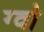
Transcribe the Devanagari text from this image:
ग्वो